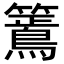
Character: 𮆶